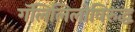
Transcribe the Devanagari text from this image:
गॅलिलिलोविरुद्ध